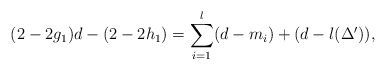
\begin{align*}(2-2g_1)d-(2-2h_1)=\sum_{i=1}^{l}(d-m_i)+(d-l(\Delta^{\prime})),\end{align*}